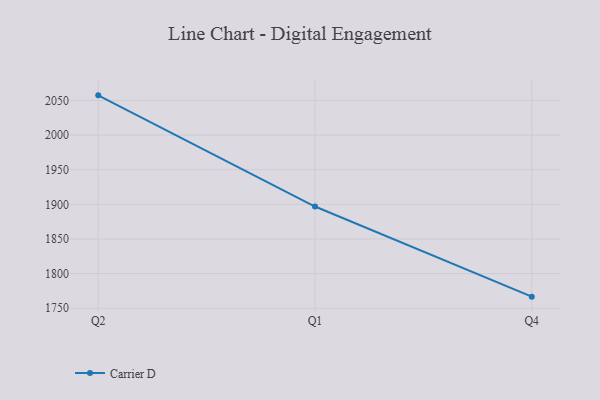
{"axis": {"x": "Quarter", "y": "Production Output"}, "legend": ["Carrier D"], "data": [{"x": "Q2", "y": 2057.3, "type": "Carrier D"}, {"x": "Q1", "y": 1896.8, "type": "Carrier D"}, {"x": "Q4", "y": 1766.7, "type": "Carrier D"}]}